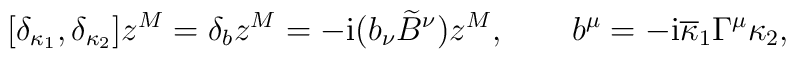
[\delta_{\kappa_1}, \delta_{\kappa_2}] z^M = \delta_bz^M =-{\rm i}(b_\nu {\widetilde B}^\nu )z^M, \qquad b^\mu =-{\rm i}{\overline\kappa}_1\Gamma^\mu\kappa_2,